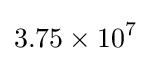
3.75\times 10^{7}